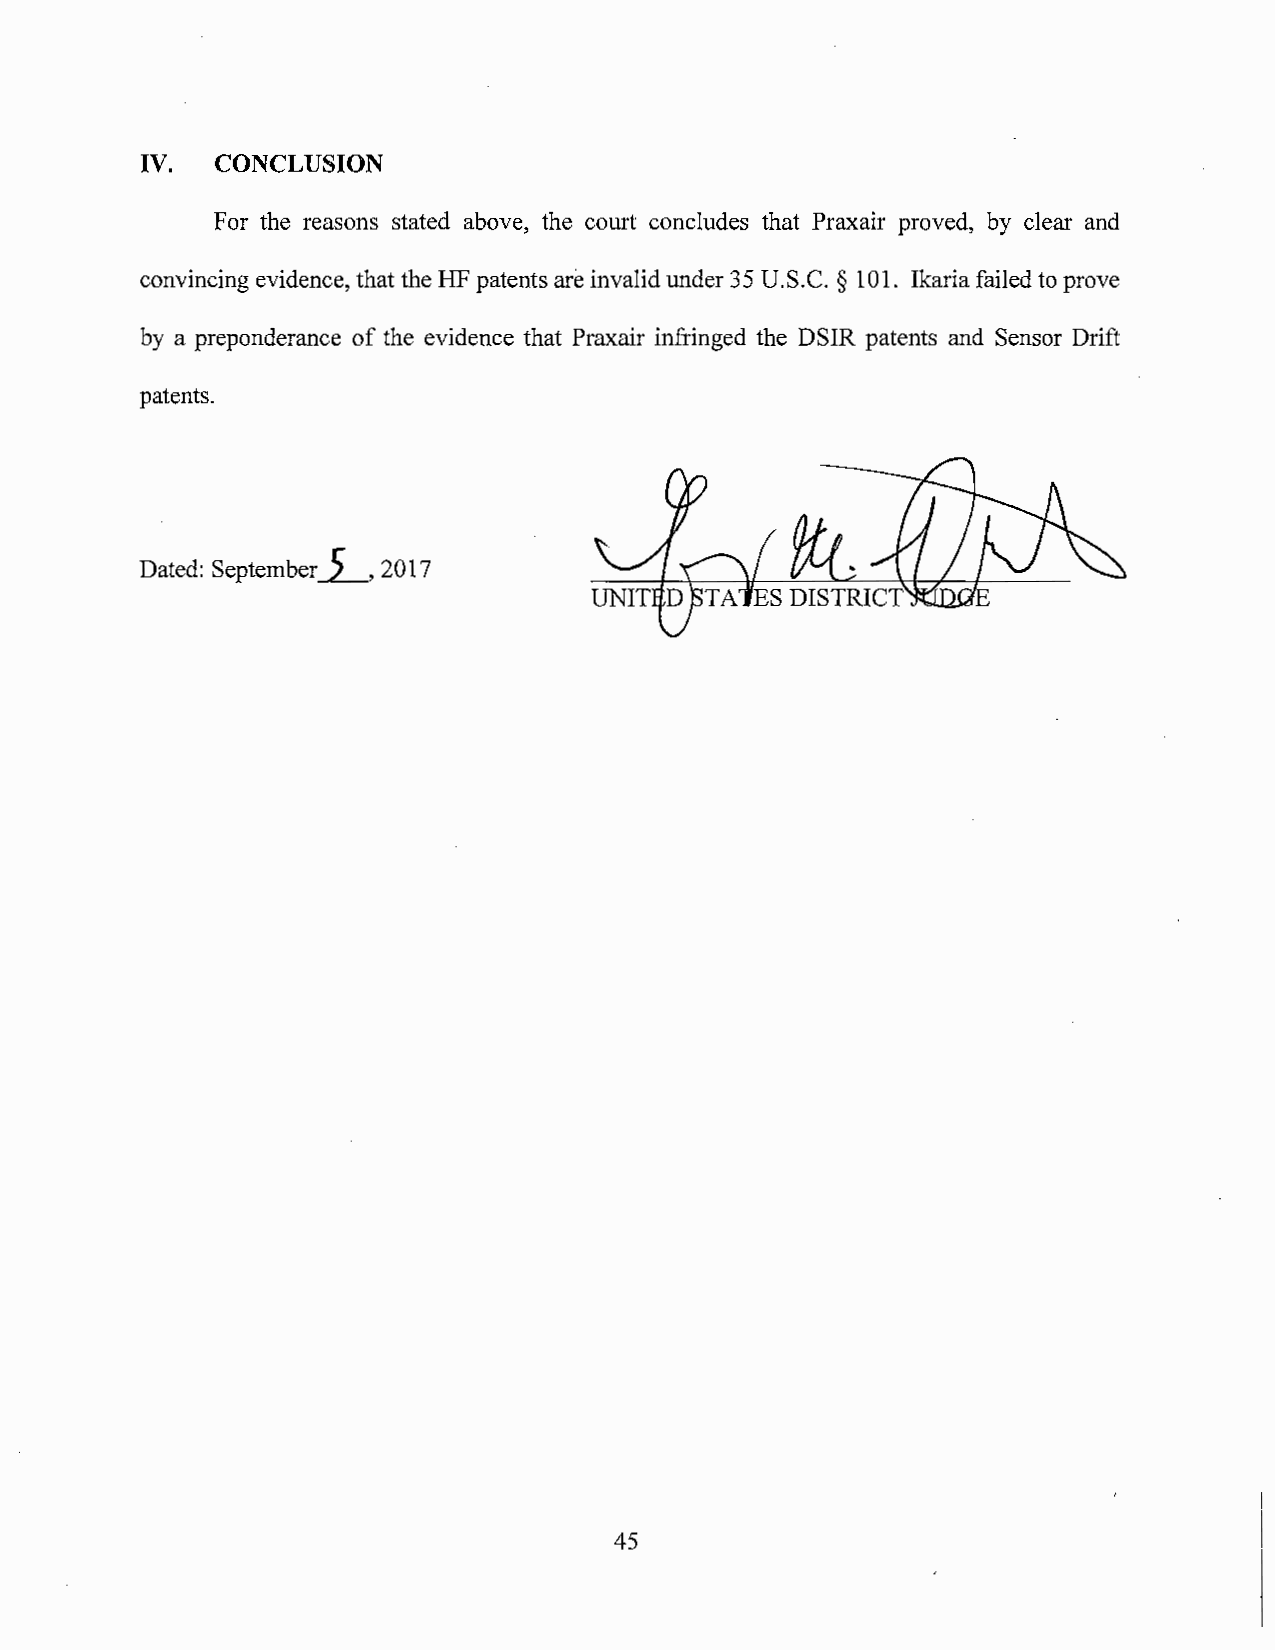
IV.  CONCLUSION
 For the reasons stated above, the court concludes that Praxair proved, by clear and
 convincing evidence, that the HF patents are invalid under 3 5 U.S. C. § 101. Ikaria failed to prove
 by a preponderance of the evidence that Praxair infringed the DSIR patents and Sensor Drift
 patents.
 Dated: September_i___, 2017
 45